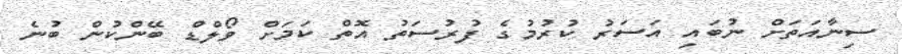
ސިނާއަތަށް ނުބައި އަސަރު ކުރުމުގެ ފުރުސަތު އޮތް ކަމަަށް ވޯލްޑް ބޭންކުން ބުނެ